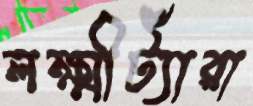
লক্ষ্মীট্যাঁরা